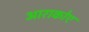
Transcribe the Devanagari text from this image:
आराकोए